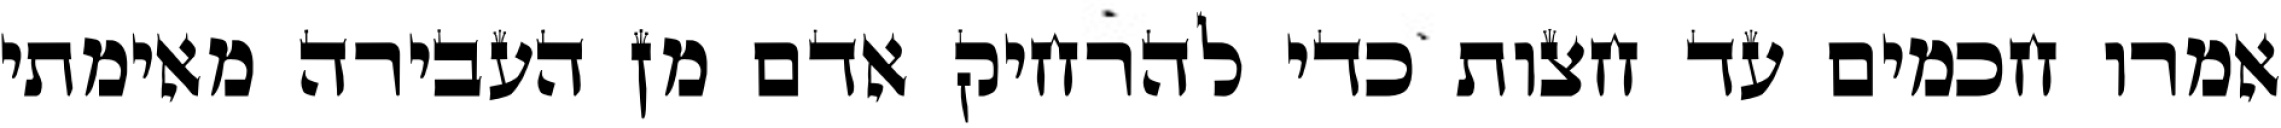
אמרו חכמים עד חצות כדי להרחיק אדם מן העבירה מאימתי